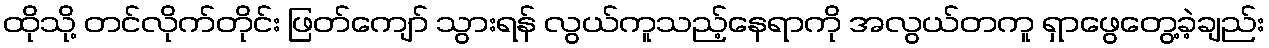
ထိုသို့ တင်လိုက်တိုင်း ဖြတ်ကျော် သွားရန် လွယ်ကူသည့်နေရာကို အလွယ်တကူ ရှာဖွေတွေ့ခဲ့ချည်း